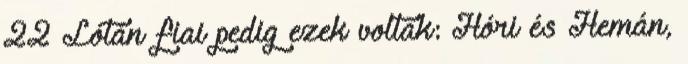
22 Lótán fiai pedig ezek voltak: Hóri és Hemán,